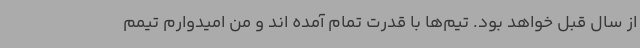
از سال قبل خواهد بود. تیم‌ها با قدرت تمام آمده اند و من امیدوارم تیمم